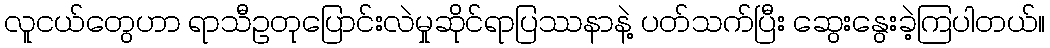
လူငယ်တွေဟာ ရာသီဥတုပြောင်းလဲမှုဆိုင်ရာပြဿနာနဲ့ ပတ်သက်ပြီး ဆွေးနွေးခဲ့ကြပါတယ်။